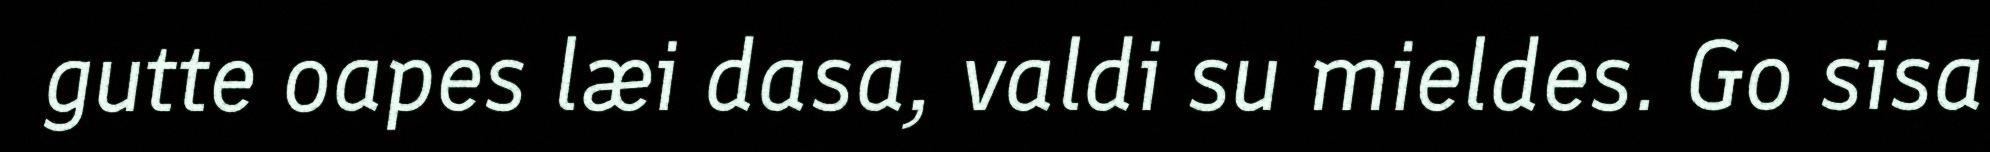
gutte oapes læi dasa, valdi su mieldes. Go sisa